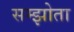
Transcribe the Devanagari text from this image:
सम्झोता